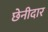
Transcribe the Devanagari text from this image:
छेनीदार